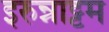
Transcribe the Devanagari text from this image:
इरुन्नाट्टम